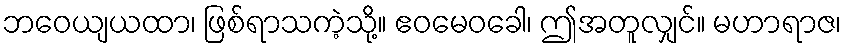
ဘဝေယျယထာ၊ ဖြစ်ရာသကဲ့သို့။ ဧဝမေဝခေါ၊ ဤအတူလျှင်။ မဟာရာဇ၊